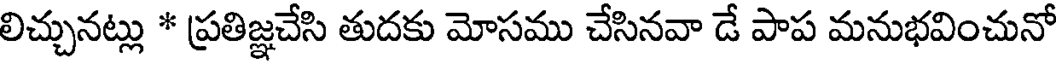
లిచ్చునట్లు * ప్రతిజ్ఞచేసి తుదకు మోసము చేసినవా డే పాప మనుభవించునో